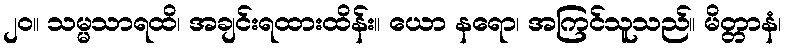
၂၀။ သမ္မသာရထိ၊ အချင်းရထားထိန်း။ ယော နရော၊ အကြင်သူသည်။ မိတ္တာနံ၊